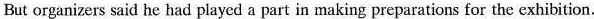
But organizers said he had played a part in making preparations for the exhibition.